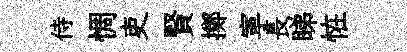
侍惆吏賢擲寕長睇恠